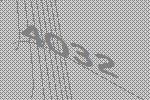
4032